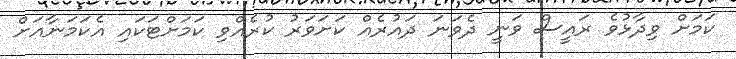
ކަމަށް ވިދާޅުވެ ރައީސް ވަނީ ދެވަނަ ދައުރެއް ކަށަވަރު ކުރެއްވި ކަމަށްޓަކައި އެކަމަނާއަށް